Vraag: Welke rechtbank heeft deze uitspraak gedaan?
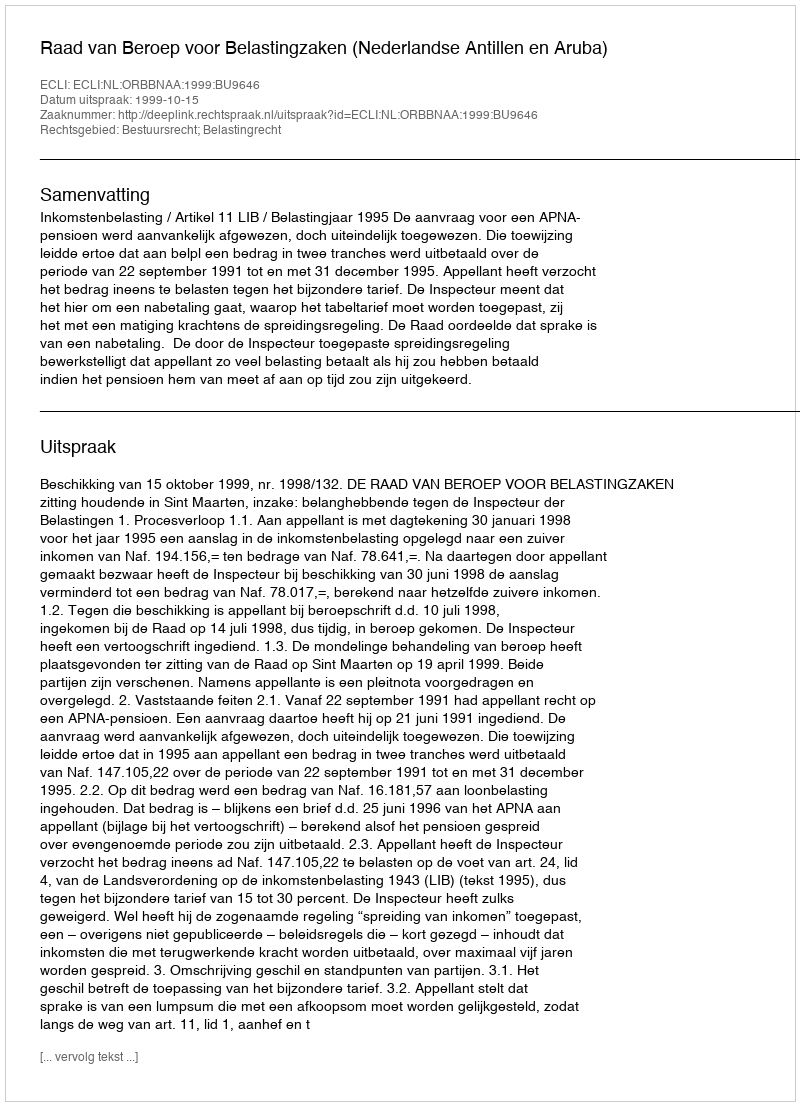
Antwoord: Raad van Beroep voor Belastingzaken (Nederlandse Antillen en Aruba)